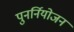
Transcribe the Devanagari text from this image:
पुनर्नियोजन